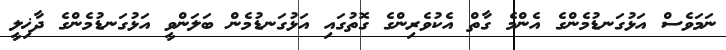
ނަމަވެސް އަޅުގަނޑުމެންގެ އެންމެ ގާތް އެކުވެރިންގެ ގޮތުގައި އަޅުގަނޑުމެން ބަލަންވީ އަޅުގަނޑުމެންގެ ދާޚިލީ